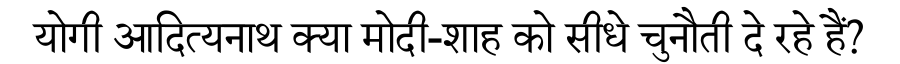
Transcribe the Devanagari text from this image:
योगी आदित्यनाथ क्या मोदी-शाह को सीधे चुनौती दे रहे हैं?